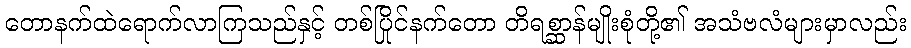
တောနက်ထဲရောက်လာကြသည်နှင့် တစ်ပြိုင်နက်တော တိရစ္ဆာန်မျိုးစုံတို့၏ အသံဗလံများမှာလည်း